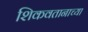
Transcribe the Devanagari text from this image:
शिकवतानाच्या